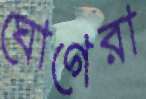
ঘোগেরা